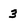
Character: 3